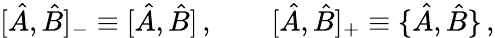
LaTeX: [\hat{A},\hat{B}]_{-}\equiv[\hat{A},\hat{B}]\, ,\qquad[\hat{A},\hat{B}]_{+}\equiv\{ \hat{A},\hat{B}\} \, ,